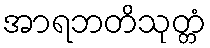
အာရဘတိသုတ္တံ